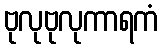
ဗုလုဗုလုကာရကံ